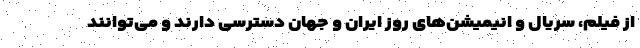
از فیلم، سریال و انیمیشن‌های روز ایران و جهان دسترسی دارند و می‌توانند